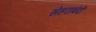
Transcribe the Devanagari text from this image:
सेहराबंदी